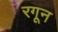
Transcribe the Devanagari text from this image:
रगून